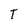
Character: T